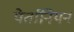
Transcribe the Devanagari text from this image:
पेर्तानियन